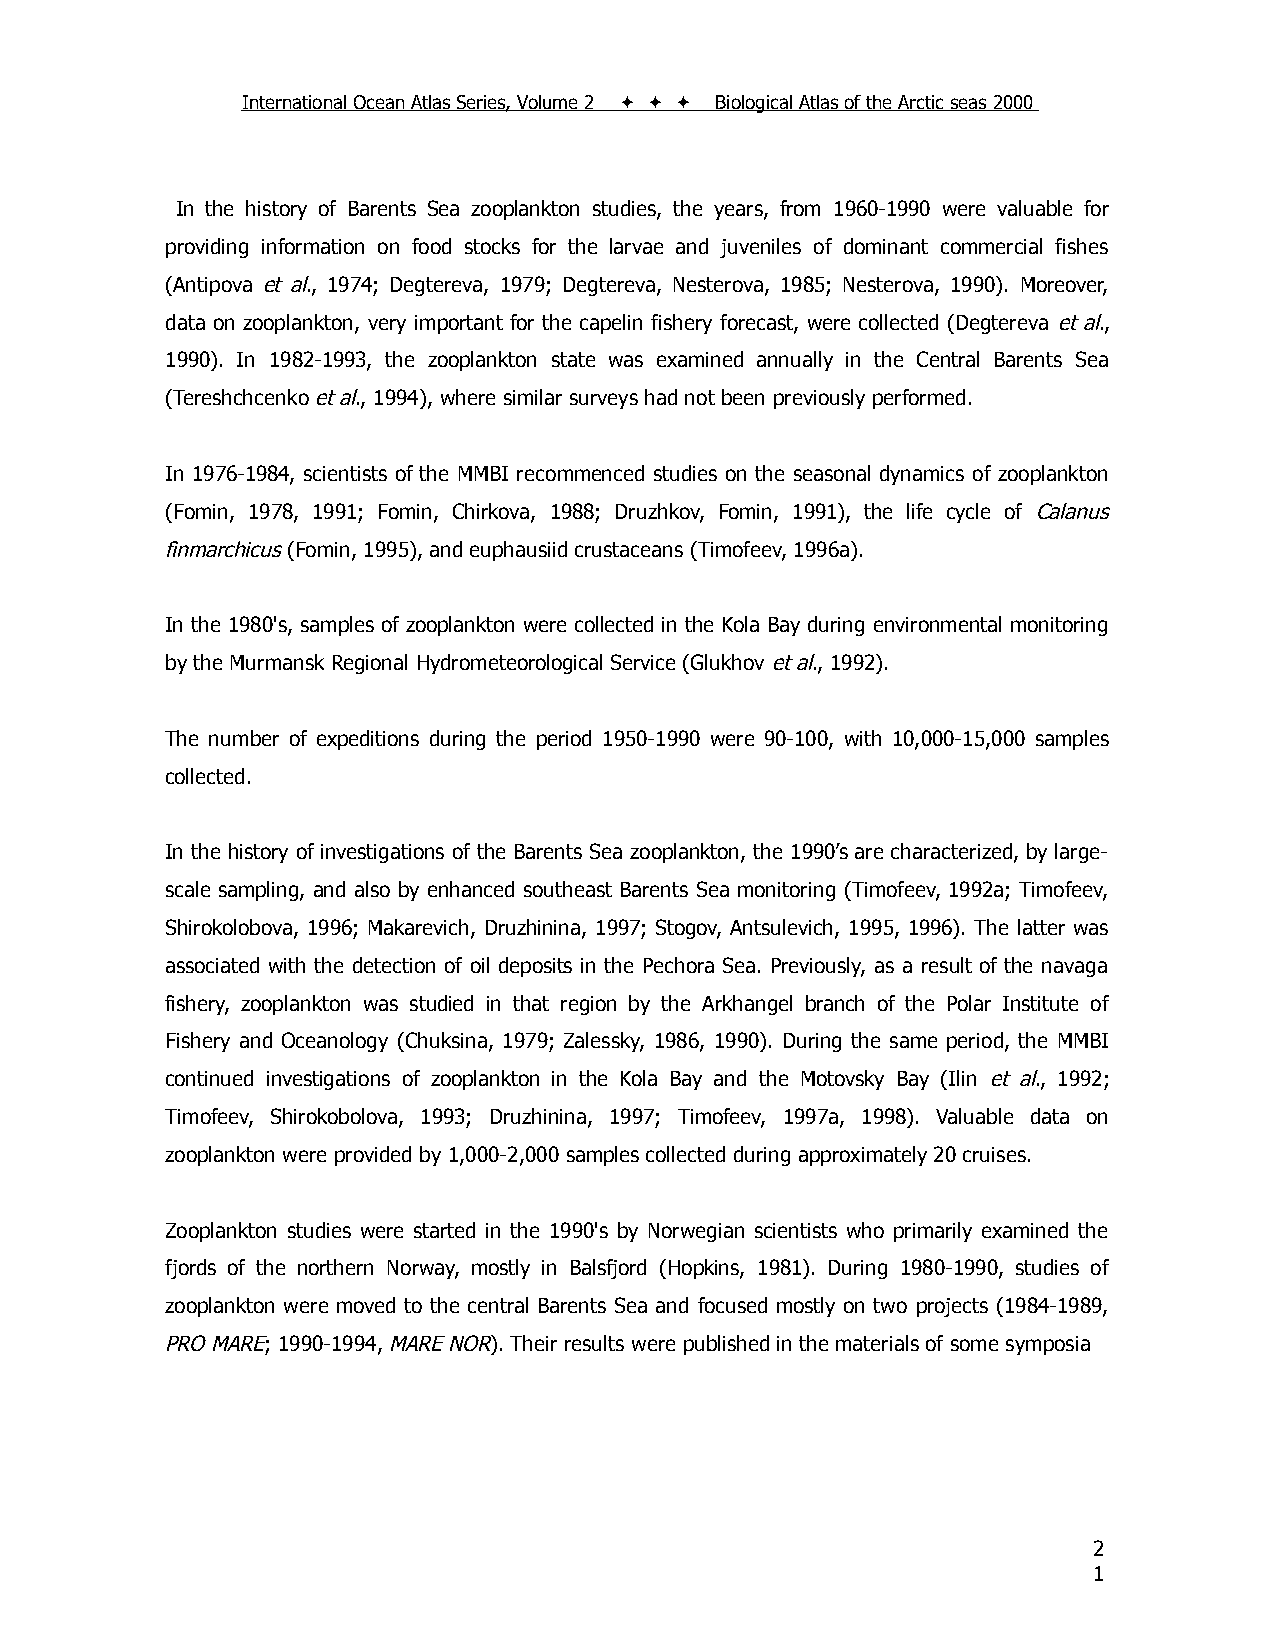
International Ocean Atlas Series, Volume 2    Biological Atlas of the Arctic seas 2000
 In the history of Barents Sea zooplankton studies, the years, from 1960-1990 were valuable for
 providing information on food stocks for the larvae and juveniles of dominant commercial fishes
 (Antipova et al., 1974; Degtereva, 1979; Degtereva, Nesterova, 1985; Nesterova, 1990). Moreover,
 data on zooplankton, very important for the capelin fishery forecast, were collected (Degtereva et al.,
 1990). In 1982-1993, the zooplankton state was examined annually in the Central Barents Sea
 (Tereshchcenko et al., 1994), where similar surveys had not been previously performed.
 In 1976-1984, scientists of the MMBI recommenced studies on the seasonal dynamics of zooplankton
 (Fomin, 1978, 1991; Fomin, Chirkova, 1988; Druzhkov, Fomin, 1991), the life cycle of Calanus
 finmarchicus (Fomin, 1995), and euphausiid crustaceans (Timofeev, 1996a).
 In the 1980's, samples of zooplankton were collected in the Kola Bay during environmental monitoring
 by the Murmansk Regional Hydrometeorological Service (Glukhov et al., 1992).
 The number of expeditions during the period 1950-1990 were 90-100, with 10,000-15,000 samples
 collected.
 In the history of investigations of the Barents Sea zooplankton, the 1990’s are characterized, by large-
 scale sampling, and also by enhanced southeast Barents Sea monitoring (Timofeev, 1992a; Timofeev,
 Shirokolobova, 1996; Makarevich, Druzhinina, 1997; Stogov, Antsulevich, 1995, 1996). The latter was
 associated with the detection of oil deposits in the Pechora Sea. Previously, as a result of the navaga
 fishery, zooplankton was studied in that region by the Arkhangel branch of the Polar Institute of
 Fishery and Oceanology (Chuksina, 1979; Zalessky, 1986, 1990). During the same period, the MMBI
 continued investigations of zooplankton in the Kola Bay and the Motovsky Bay (Ilin et al., 1992;
 Timofeev, Shirokobolova, 1993; Druzhinina, 1997; Timofeev, 1997a, 1998). Valuable data on
 zooplankton were provided by 1,000-2,000 samples collected during approximately 20 cruises.
 Zooplankton studies were started in the 1990's by Norwegian scientists who primarily examined the
 fjords of the northern Norway, mostly in Balsfjord (Hopkins, 1981). During 1980-1990, studies of
 zooplankton were moved to the central Barents Sea and focused mostly on two projects (1984-1989,
 PRO MARE; 1990-1994, MARE NOR). Their results were published in the materials of some symposia
 2
 1